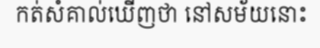
កត់សំគាល់ឃើញថា នៅសម័យនោះ